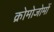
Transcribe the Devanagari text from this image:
क्रोमोजोमों